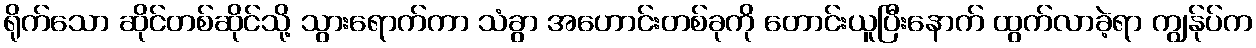
ရိုက်သော ဆိုင်တစ်ဆိုင်သို့ သွားရောက်ကာ သံခွာ အဟောင်းတစ်ခုကို တောင်းယူပြီးနောက် ထွက်လာခဲ့ရာ ကျွန်ုပ်က